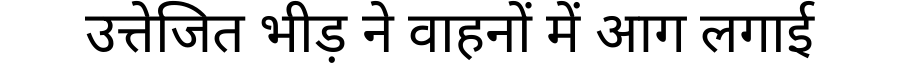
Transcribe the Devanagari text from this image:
उत्तेजित भीड़ ने वाहनों में आग लगाई